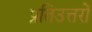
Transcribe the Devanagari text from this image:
प्रतिउत्तरों